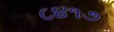
૮૪૧૭